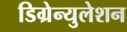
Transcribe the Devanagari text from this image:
डिग्रेन्युलेशन